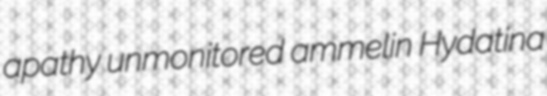
apathy unmonitored ammelin Hydatina